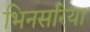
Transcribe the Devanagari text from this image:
भिनसरिया